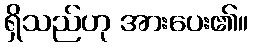
ရှိသည်ဟု အားပေး၏။